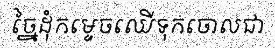
ច្នៃដុំកម្ទេចឈើទុកចោលជា